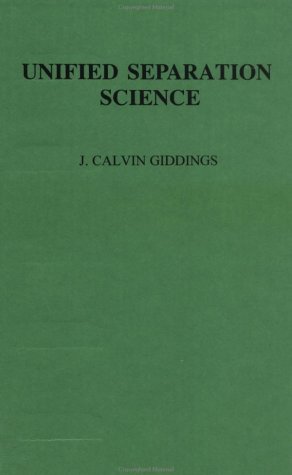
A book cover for Unified Separation Science; J. Calvin Giddings; Science & Math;